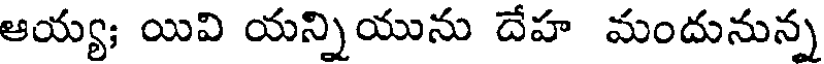
ఆయ్య; యివి యన్నియును దేహ మందునున్న